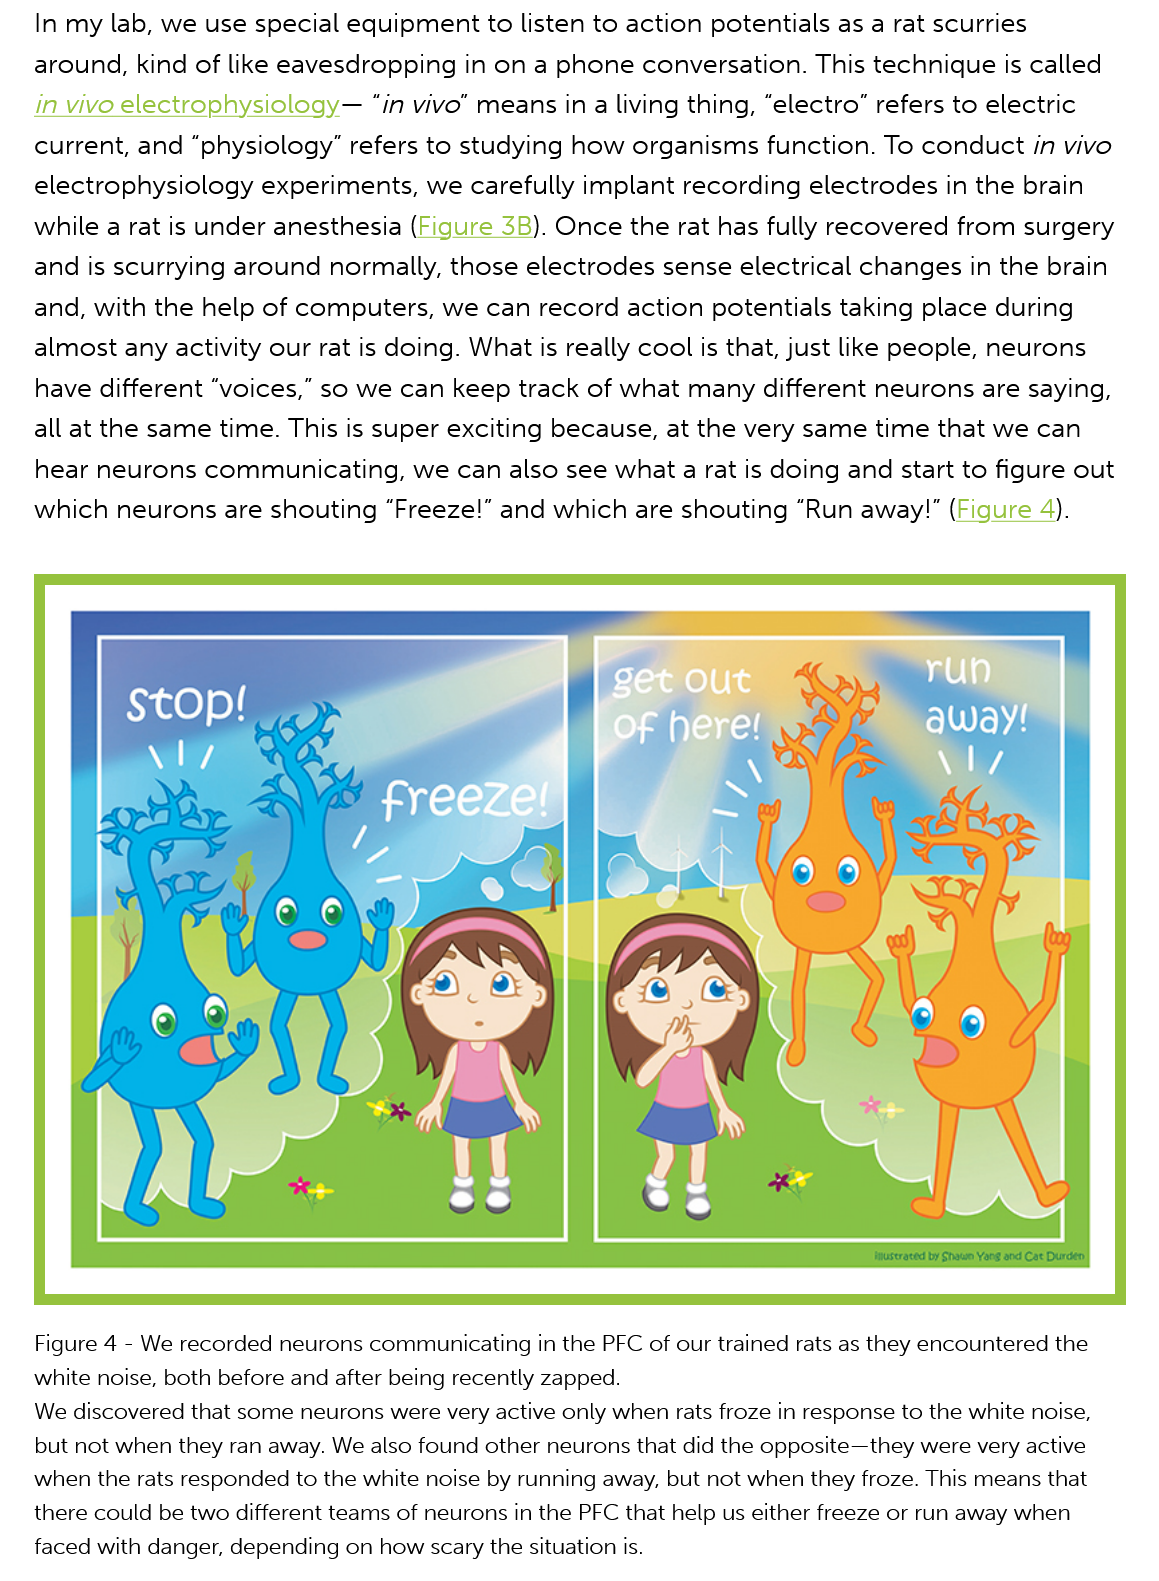
In my lab, we use special equipment to listen to action potentials as a rat scurries
   around, kind of like eavesdropping in on a phone conversation. This technique is called
   in vivo electrophysiology— “in vivo" means in
  a
     living thing, “electro” refers to electric
   current, and “physiology” refers to studying how organisms function. To conduct in vivo
   electrophysiology experiments,  we carefully implant recording electrodes in the brain

   while a rat is under anesthesia (Figure 3B). Once the rat has fully recovered from surgery
   and  is scurrying around normally, those electrodes sense electrical changes in the brain
   and, with the help of computers, we can  record action potentials taking place during
   almost  any activity our rat is doing. What is really cool is that, just like people, neurons
   have different “voices,” so we can keep track of what many different neurons are saying,
   all at the same time. This is super exciting because, at the very same time that we can
   hear neurons  communicating,  we  can also see what a rat is doing and start to figure out
   which  neurons are shouting “Freeze!” and which are shouting “Run away!” (Figure  4).
   Figure 4
     -
     We recorded neurons communicating in the PFC of our trained rats as they encountered the
   white noise, both before and after being recently zapped.
   We discovered that some neurons were very active only when rats froze in response to the white noise,
   but not when they ran away. We also found other neurons that did the opposite—they were very active
   when the rats responded to the white noise by running away, but not when they froze. This means that
   there could be two different teams of neurons in the PFC that help us either freeze or run away when
   faced with danger, depending on how scary the situation is.

     Inuseraced by Shawn Yarg aod Cae Durden